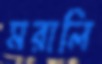
মরালি